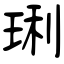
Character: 琍